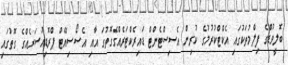
ބޮލީވުޑްގެ ފިލްމުތަކުގައި އެކްޓްކުރުމުގެ ކުރިން އެސިސްޓެންޓް ޑައިރެކްޓަރެއްގެގޮތުގަ އާއި އެސޯސިއޭޓް ޕްރޮޑިއުސަރެއްގެ ގޮތުގައި